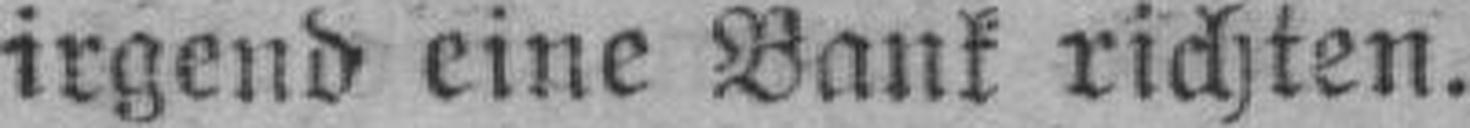
irgend eine Bank richten.